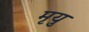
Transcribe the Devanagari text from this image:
मृयु